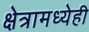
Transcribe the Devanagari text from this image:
क्षेत्रामध्येही